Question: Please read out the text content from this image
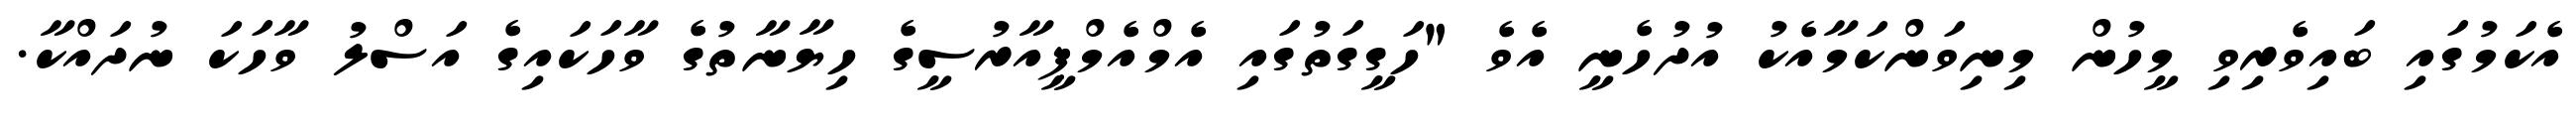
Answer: އެކަމުގައި ބައިވެރިވި މީހުން މިނިވަންކަމާއެކު އުދުހެނީ އެވެ "ހަގީގަތުގައި އެމްއެމްޕީއާރުސީގެ ހިޔާނާތުގެ ވާހަކައިގެ އަސްލު ވާހަކަ ނުދައްކާ.